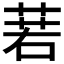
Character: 𦴈